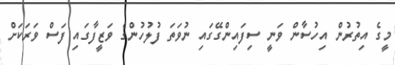
މީގެ އިތުރުން އިހުސާން ވަނީ ސިފައިންގޭގައި ނުވަތަ ފުލުހުންގެ ވަޒީފާގައި ފަސް ވަރަކަށް